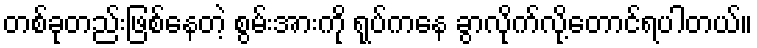
တစ်ခုတည်းဖြစ်နေတဲ့ စွမ်းအားကို ရုပ်ကနေ ခွာလိုက်လို့တောင်ရပါတယ်။